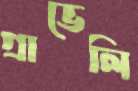
গ্রাভেলি